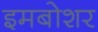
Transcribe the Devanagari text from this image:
इमबोशर